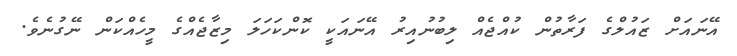
އޭނައަށް ޒައުލްގެ ފަރާތުން ކުއްޖެއް ލިބުނުއިރު އޭނައަކީ ކޮންކަހަލަ މިޒާޖެއްގެ މީހެއްކަން ނޭގުނެވެ.